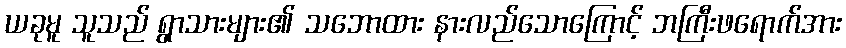
ယခုမူ သူသည် ရွာသားများ၏ သဘောထား နားလည်သောကြောင့် ဘကြီးဖရောက်အား